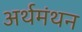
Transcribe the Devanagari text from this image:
अर्थमंथन